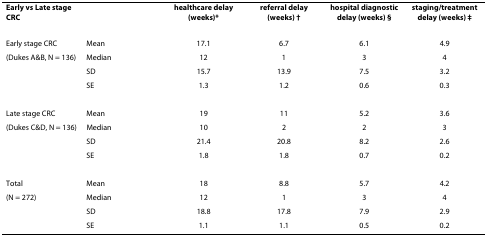
<table><thead><tr><td><b>Early vs Late stage CRC</b></td><td></td><td><b>healthcare delay (weeks)*</b></td><td><b>referral delay (weeks) †</b></td><td><b>hospital diagnostic delay (weeks) §</b></td><td><b>staging/treatment delay (weeks) ‡</b></td></tr></thead><tbody><tr><td>Early stage CRC</td><td>Mean</td><td>17.1</td><td>6.7</td><td>6.1</td><td>4.9</td></tr><tr><td>(Dukes A&amp;B, N = 136)</td><td>Median</td><td>12</td><td>1</td><td>3</td><td>4</td></tr><tr><td></td><td>SD</td><td>15.7</td><td>13.9</td><td>7.5</td><td>3.2</td></tr><tr><td></td><td>SE</td><td>1.3</td><td>1.2</td><td>0.6</td><td>0.3</td></tr><tr><td>Late stage CRC</td><td>Mean</td><td>19</td><td>11</td><td>5.2</td><td>3.6</td></tr><tr><td>(Dukes C&amp;D, N = 136)</td><td>Median</td><td>10</td><td>2</td><td>2</td><td>3</td></tr><tr><td></td><td>SD</td><td>21.4</td><td>20.8</td><td>8.2</td><td>2.6</td></tr><tr><td></td><td>SE</td><td>1.8</td><td>1.8</td><td>0.7</td><td>0.2</td></tr><tr><td>Total</td><td>Mean</td><td>18</td><td>8.8</td><td>5.7</td><td>4.2</td></tr><tr><td>(N = 272)</td><td>Median</td><td>12</td><td>1</td><td>3</td><td>4</td></tr><tr><td></td><td>SD</td><td>18.8</td><td>17.8</td><td>7.9</td><td>2.9</td></tr><tr><td></td><td>SE</td><td>1.1</td><td>1.1</td><td>0.5</td><td>0.2</td></tr></tbody></table>